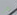
لكن